Civil Veterinary Department Bihar reports 1936-40 - 1936-1940
Year: 1936
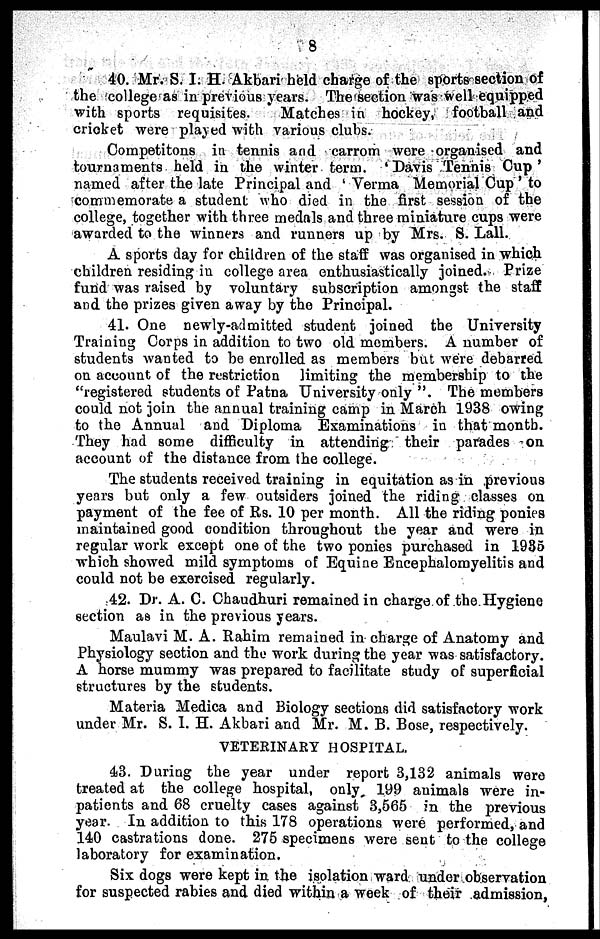
8
40. Mr. S. I. H. Akbari held charge of the sports section of
the college as in previous years. The section was well equipped
with sports requisites.
Matches in hockey, football and
cricket were placed with various clubs.
Competitons in tennis and carrom were organised and
tournaments held in the winter term. 'Davis Tennis Cup'
named after the late Principal and 'Verma Memorial Cup' to
commemorate a student who died in the first session of the
college, together with three medals and three miniature cups were
awarded to the winners and runners up by Mrs. S. Lall.
A sports day for children of the staff was organised in which
children residing in college area enthusiastically joined. Prize
fund was raised by voluntary subscription amongst the staff
and the prizes given away by the Principal.
41. One newly-admitted student joined the University
Training Corps in addition to two old members. A number of
students wanted to be enrolled as members but were debarred
on account of the restriction limiting the membership to the
"registered students of Patna University only". The members
could not join the annual training camp in March 1938 owing
to the Annual and Diploma Examinations in that month.
They had some difficulty in attending their parades on
account of the distance from the college.
The students received training in equitation as in previous
years but only a few outsiders joined the riding classes on
payment of the fee of Rs. 10 per month. All the riding ponies
maintained good condition throughout the year and were in
regular work except one of the two ponies purchased in 1935
which showed mild symptoms of Equine Encephalomyelitis and
could not be exercised regularly.
42. Dr. A. C. Chaudhuri remained in charge of the Hygiene
section as in the previous years.
Maulavi M. A. Rahim remained in charge of Anatomy and
Physiology section and the work during the year was satisfactory.
A horse mummy was prepared to facilitate study of superficial
structures by the students.
Materia Medica and Biology sections did satisfactory work
under Mr. S. I. H. Akbari and Mr. M. B. Bose, respectively.
VETERINARY HOSPITAL.
43. During the year under report 3,132 animals were
treated at the college hospital, only 199 animals were in-
patients and 68 cruelty cases against 3,565 in the previous
year. In addition to this 178 operations were performed, and
140 castrations done. 275 specimens were sent to the college
laboratory for examination.
Six dogs were kept in the isolation ward under observation
for suspected rabies and died within a week of their admission,